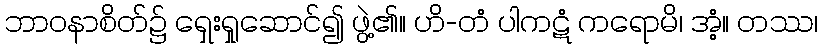
ဘာဝနာစိတ်၌ ရှေးရှုဆောင်၍ ဖွဲ့၏။ ဟိ-တံ ပါကဋံ ကရောမိ၊ အံ့။ တဿ၊